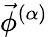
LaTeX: \vec{\phi}^{(\alpha)}